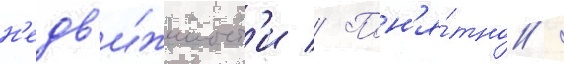
н'едв'и́жимост'и // Пон'я́тно /